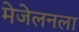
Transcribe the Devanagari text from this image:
मेजेलनला